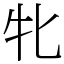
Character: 牝